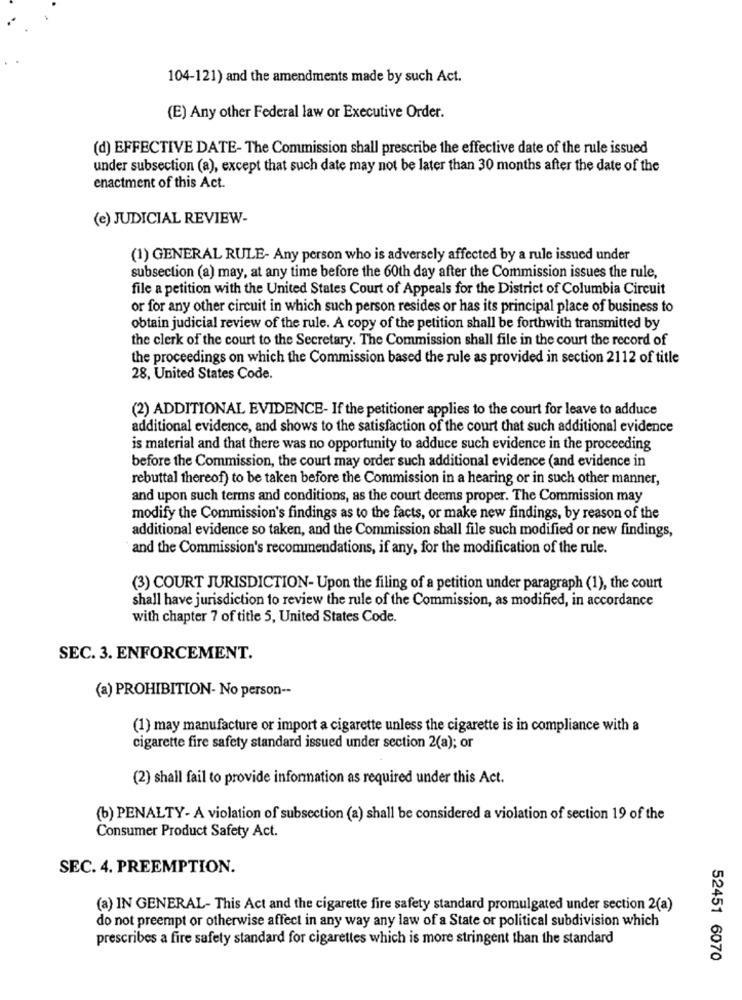
104-121) and the amendments made by such Act.
(E) Any other Federal law or Executive Order.
(d) EFFECTIVE DATE- The Commission shall prescribe the effective date of the rule issued
under subsection (a), except that such date may not be later than 30 months after the date of the
enactment of this Act.
(e) JUDICIAL REVIEW-
(1) GENERAL RULE- Any person who is adversely affected by a rule issued under
subsection (a) may, at any time before the 60th day after the Commission issues the rule,
file a petition with the United States Court of Appeals for the District of Columbia Circuit
or for any other circuit in which such person resides or has its principal place of business to
obtain judicial review of the rule. A copy of the petition shall be forthwith transmitted by
the clerk of the court to the Secretary. The Commission shall file in the court the record of
the proceedings on which the Commission based the rule as provided in section 2112 of title
28, United States Code.
(2) ADDITIONAL EVIDENCE- If the petitioner applies to the court for leave to adduce
additional evidence, and shows to the satisfaction of the court that such additional evidence
is material and that there was no opportunity to adduce such evidence in the proceeding
before the Commission, the court may order such additional evidence (and evidence in
rebuttal thereof) to be taken before the Commission in a hearing or in such other manner,
and upon such terms and conditions, as the court deems proper. The Commission may
modify the Commission's findings as to the facts, or make new findings, by reason of the
additional evidence so taken, and the Commission shall file such modified or new findings,
and the Commission's recommendations, if any, for the modification of the rule.
(3) COURT JURISDICTION- Upon the filing of a petition under paragraph (1), the court
shall have jurisdiction to review the rule of the Commission, as modified, in accordance
with chapter 7 of title 5, United States Code.
SEC. 3. ENFORCEMENT.
(a) PROHIBITION- No person --
(1) may manufacture or import a cigarette unless the cigarette is in compliance with a
cigarette fire safety standard issued under section 2(a); or
(2) shall fail to provide information as required under this Act.
(b) PENALTY- A violation of subsection (a) shall be considered a violation of section 19 of the
Consumer Product Safety Act.
SEC. 4. PREEMPTION.
(a) IN GENERAL- This Act and the cigarette fire safety standard promulgated under section 2(a)
do not preempt or otherwise affect in any way any law of a State or political subdivision which
prescribes a fire safety standard for cigarettes which is more stringent than the standard
52451 6070